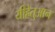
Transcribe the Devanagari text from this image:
यीहेतुआन